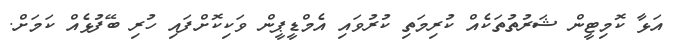
އަޅާ ކޮމިޓީން ޝަރުތުތަކެއް ކުރިމަތި ކުރުވައި އެމްޑީޕީން ވަކިކޮށްފައި ހުރި ބޭފުޅެއް ކަމަށް.